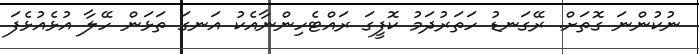
ނުކުންނަ ގޮތަށް. ރޭގަނޑު ހަތަރުދަމު ކޮފީގަ ރައްޓެހިންނާއެކު އަނގަ ތަޅަން ހޭލާ އުޅެއުޅެފަ